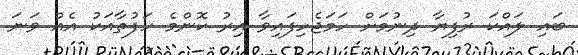
ބައި ލައްކަ ރުފިޔާ ދިނުމަށް ހަމަޖެހިފައިވާ އިރު ކޮންމެ ހަފުތާއަކު އެއް ވަނަ